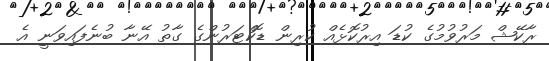
ރާކޭޝް މަރުވުމުގެ ކުޑަ އިރުކޮޅެއް ކުރިން ޑޮކްޓަރުންގެ ގާތު އޭނާ ބުނެފައިވަނީ އެ